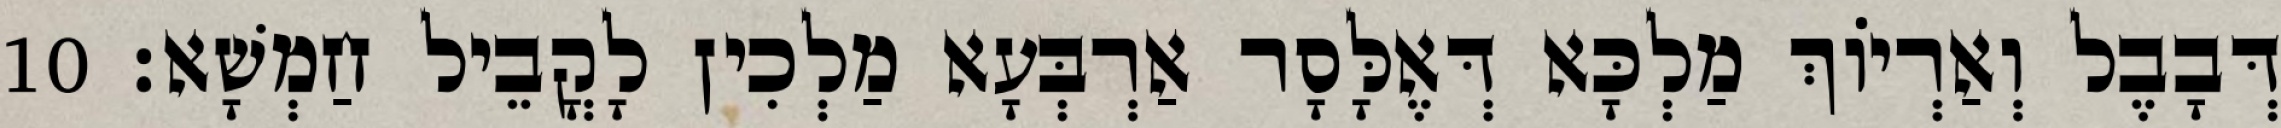
דְּבָבֶל וְאַרְיוֹךְ מַלְכָּא דְּאֶלָּסָר אַרְבְּעָא מַלְכִין לָקֳבֵיל חַמְשָׁא׃ 10